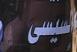
لسيس